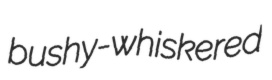
bushy-whiskered